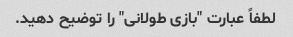
لطفاً عبارت "بازی طولانی" را توضیح دهید.